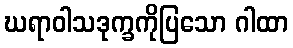
ဃရာဝါသဒုက္ခကိုပြသော ဂါထာ